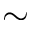
\sim